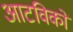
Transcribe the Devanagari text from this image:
आटविकों